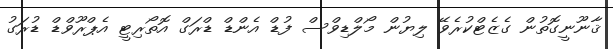
ޤާނޫނީގޮތުން ގެޒެޓްކުރެވޭ ލިޔުން މޯލްޑިވްސް ފުޑް އެންޑް ޑްރަގް އޮތޯރިޓީ އެޕްރޫވްޑް ޑުރަގު